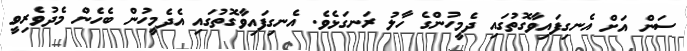
ސަން އަށް އެނގިފައިވާގޮތުގައި ދެމީހުންގެ ހާލު ރަނގަޅެވެ. އެނގިފައިވާގޮތުގައި އެދެމީހުން ބެހެން މެދުވެރިވީ